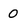
Character: 0